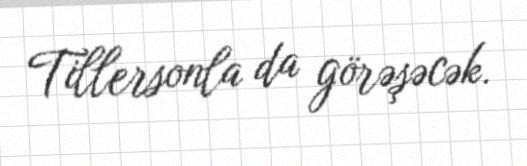
Tillersonla da görəşəcək.